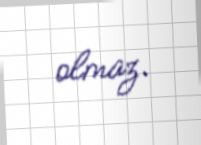
olmaz.